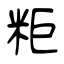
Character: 粔